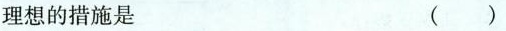
理想的措施是 ( )